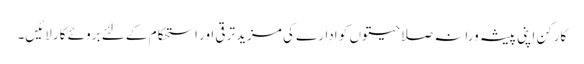
کارکن اپنی پیشہ ورانہ صلاحیتوں کو ادارے کی مزید ترقی اور استحکام کے لئے بروئے کار لائیں۔